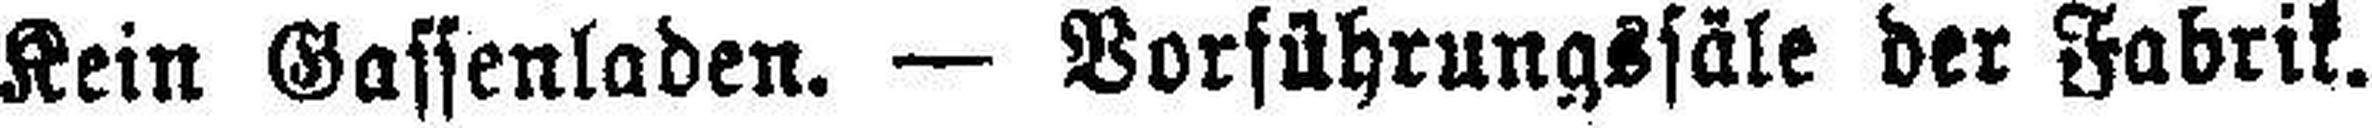
Kein Gassenladen. — Vorführungssäle der Fabrik.